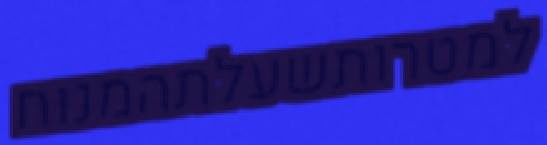
למטרותשעלתהמנוח